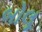
બોલૂ